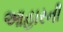
આહારની